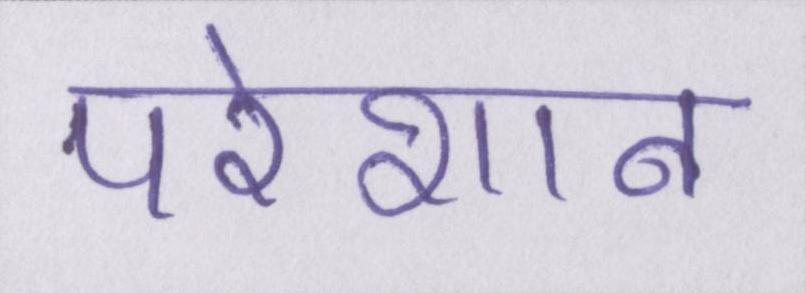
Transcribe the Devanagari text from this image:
परेशान